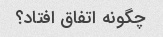
چگونه اتفاق افتاد؟